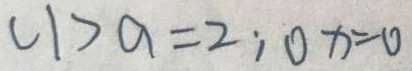
( 1 ) a = 2 ; 0 x = 0